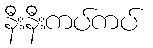
နီးနီးကပ်ကပ်